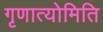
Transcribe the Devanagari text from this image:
गृणात्योमिति